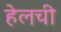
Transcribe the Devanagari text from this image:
हेलची